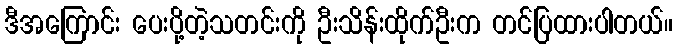
ဒီအကြောင်း ပေးပို့တဲ့သတင်းကို ဦးသိန်းထိုက်ဦးက တင်ပြထားပါတယ်။